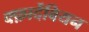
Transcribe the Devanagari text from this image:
क्फ़ार्देबियन